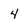
Character: 4